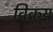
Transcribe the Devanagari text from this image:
विक्रय